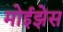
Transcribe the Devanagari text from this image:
मोईझेस